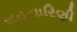
સહચારિણી